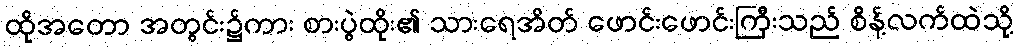
ထိုအတော အတွင်း၌ကား စားပွဲထိုး၏ သားရေအိတ် ဖောင်းဖောင်းကြီးသည် စိန့်လက်ထဲသို့